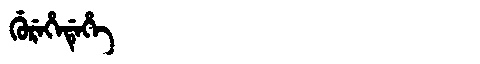
Manchu: ᡤᡠᡵᡝᡥᡝᡩᡝᡥᡝ
Romanization: GUREHEDEHE